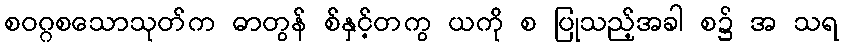
စဝဂ္ဂစသောသုတ်က ဓာတွန် စ်နှင့်တကွ ယကို စ ပြုသည့်အခါ စ၌ အ သရ